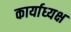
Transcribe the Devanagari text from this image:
कार्याध्‍यक्ष